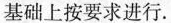
基础上按要求进行。